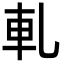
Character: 軋